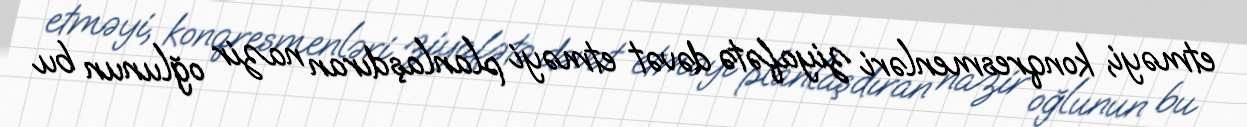
etməyi, konqresmenləri ziyafətə dəvət etməyi planlaşdıran nazir oğlunun bu